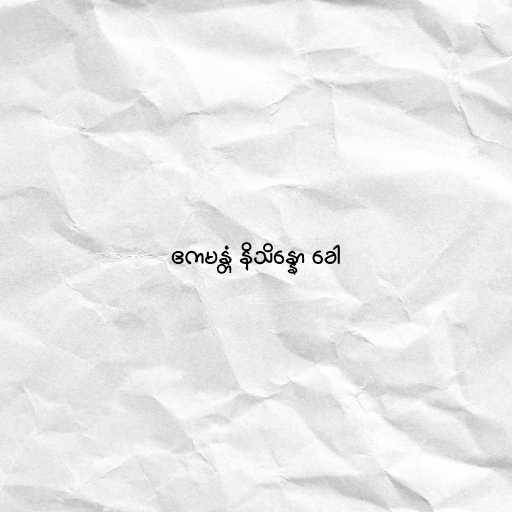
ဧကမန္တံ နိသိန္နော ခေါ